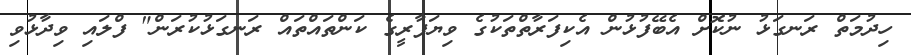
ހިދުމަތް ރަނގަޅު ނުކޮށް އެބޭފުޅުން އެކިފަރާތްތަކުގެ ވިޔަފާރީގެ ކަންތައްތައް ރަނގަޅުކުރަން" ފްލައި ވިދާޅުވި